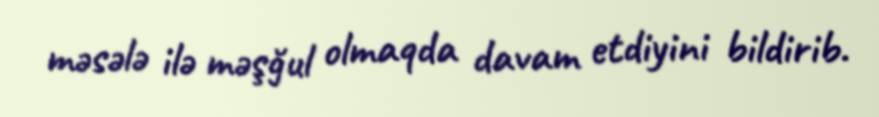
məsələ ilə məşğul olmaqda davam etdiyini bildirib.